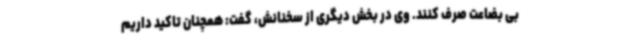
بی بضاعت صرف کنند. وی در بخش دیگری از سخنانش، گفت: همچنان تاکید داریم